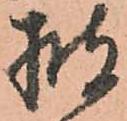
披